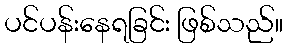
ပင်ပန်းနေရခြင်း ဖြစ်သည်။